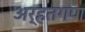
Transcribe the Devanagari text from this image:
अर्हतगण